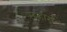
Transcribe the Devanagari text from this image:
सऱ्हार्स